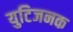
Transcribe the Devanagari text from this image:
युटिजनक